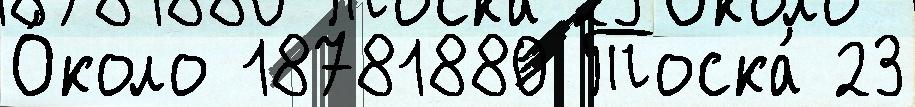
О́коло 18781880 Тоска́ 23